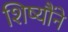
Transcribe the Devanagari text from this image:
शिष्यौंने